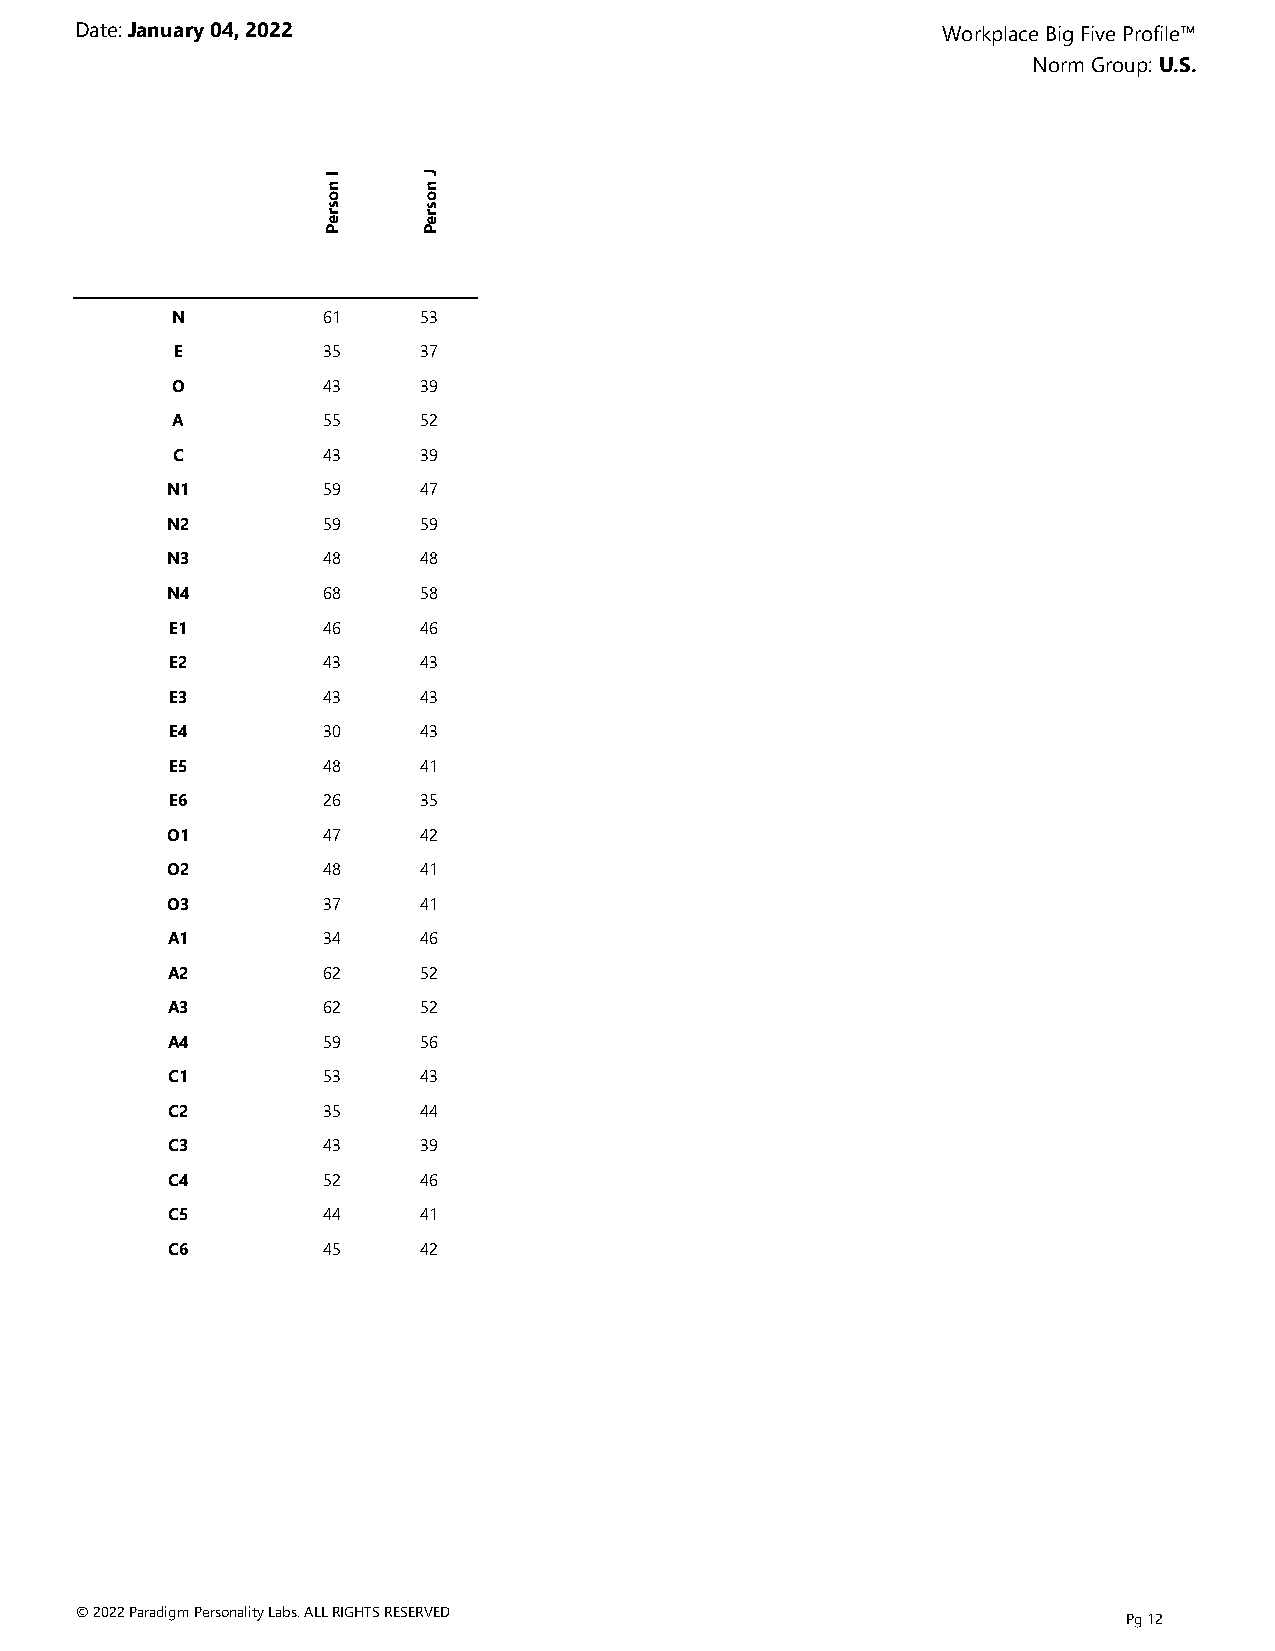
Date: January 04, 2022                                   Workplace Big Five Profile™
 Norm Group: U.S.
 I
 n
 J
 n
 o     o
 s     s
 r e   r e
 P     P
 N         61     53
 E        35     37
 O         43     39
 A         55     52
 C         43     39
 N1        59     47
 N2        59     59
 N3        48     48
 N4        68     58
 E1        46     46
 E2        43     43
 E3        43     43
 E4        30     43
 E5        48     41
 E6        26     35
 O1        47     42
 O2        48     41
 O3        37     41
 A1        34     46
 A2        62     52
 A3        62     52
 A4        59     56
 C1        53     43
 C2        35     44
 C3        43     39
 C4        52     46
 C5        44     41
 C6        45     42
 © 2022 Paradigm Personality Labs. ALL RIGHTS RESERVED
 Pg 12